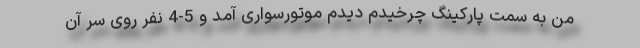
من به سمت پارکینگ چرخیدم دیدم موتورسواری آمد و 5-4 نفر روی سر آن